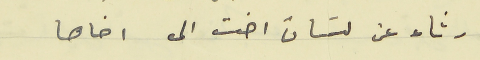
رثاء عن لسَان اخت الى اخاها